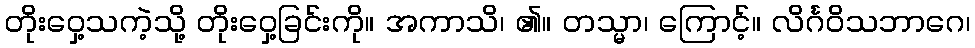
တိုးဝှေ့သကဲ့သို့ တိုးဝှေ့ခြင်းကို။ အကာသိ၊ ၏။ တသ္မာ၊ ကြောင့်။ လိင်္ဂဝိသဘာဂေ၊